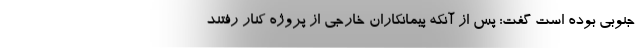
جنوبی بوده است گفت: پس از آنکه پیمانکاران خارجی از پروژه کنار رفتند